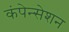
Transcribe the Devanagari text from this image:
कंपेन्सेशन